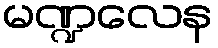
မဏ္ဍလေန